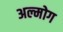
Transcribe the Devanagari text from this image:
अल्मोग